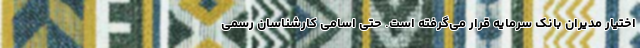
اختیار مدیران بانک سرمایه قرار می‌گرفته است. حتی اسامی کارشناسان رسمی